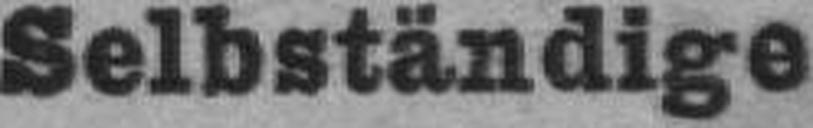
Selbständige